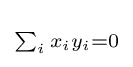
\scriptstyle \sum _{i}{x_{i}y_{i}}=0